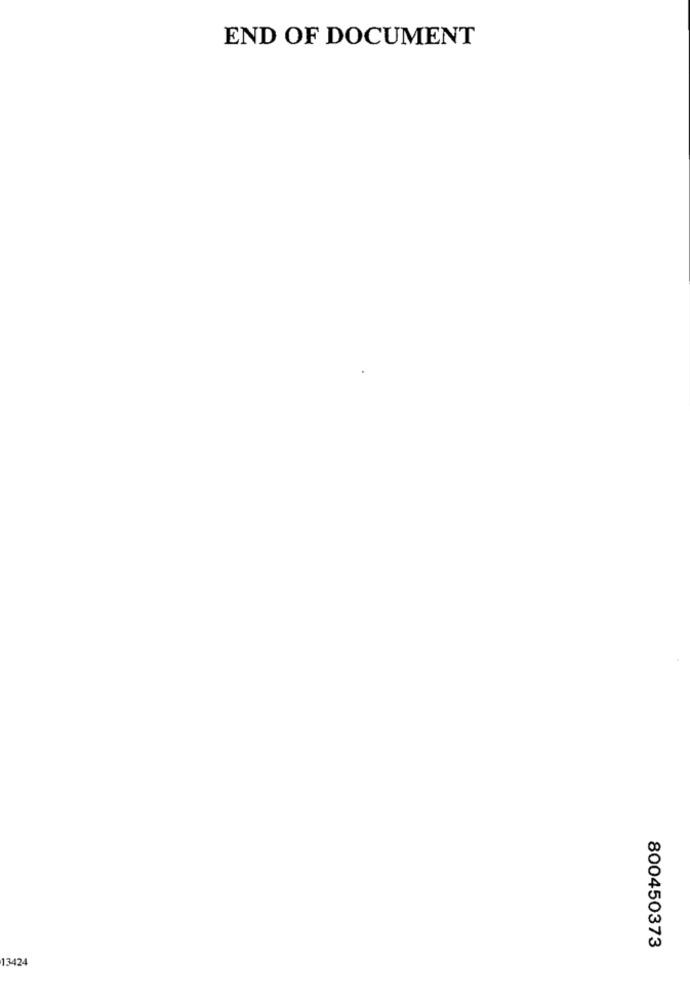
END OF DOCUMENT
800450373
13424